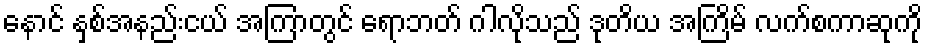
နောင် နှစ်အနည်းငယ် အကြာတွင် ရောဘတ် ဂါလိုသည် ဒုတိယ အကြိမ် လက်စကာဆုကို